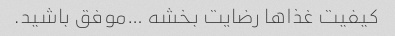
کیفیت غذاها رضایت بخشه …موفق باشید.